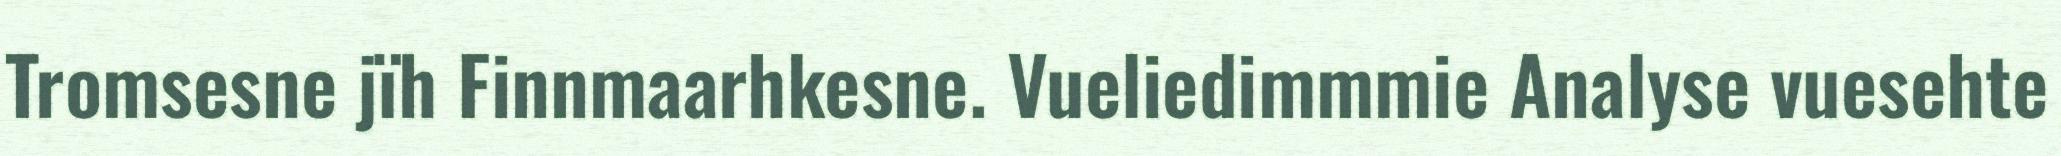
Tromsesne jïh Finnmaarhkesne. Vueliedimmmie Analyse vuesehte